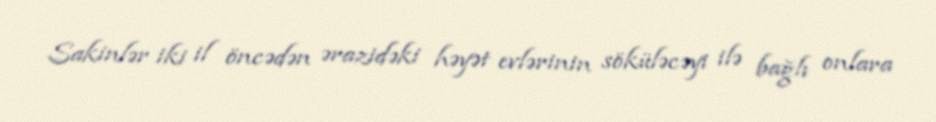
Sakinlər iki il öncədən ərazidəki həyət evlərinin söküləcəyi ilə bağlı onlara